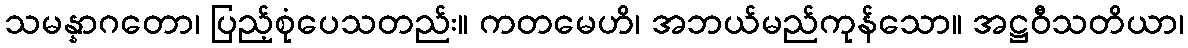
သမန္နာဂတော၊ ပြည့်စုံပေသတည်း။ ကတမေဟိ၊ အဘယ်မည်ကုန်သော။ အဋ္ဌဝီသတိယာ၊